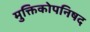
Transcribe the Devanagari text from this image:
मुक्तिकोपनिषद